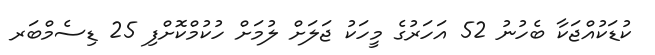
ކުޑަކުއްޖަކާ ބެހުނު 52 އަހަރުގެ މީހަކު ޖަލަށް ލުމަށް ހުކުމްކޮށްފި 25 ޑިސެމްބަރ